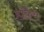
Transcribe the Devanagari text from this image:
हॉकेये